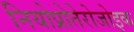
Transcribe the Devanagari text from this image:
नियोप्रोतेरोजोइक